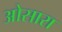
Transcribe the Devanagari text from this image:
ओसारा